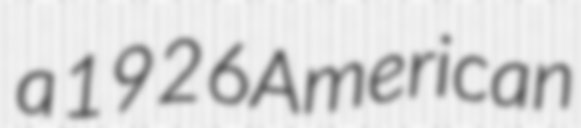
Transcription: a 1926 American